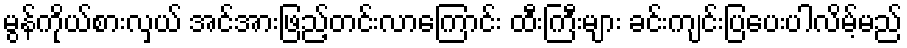
မွန်ကိုယ်စားလှယ် အင်အားဖြည့်တင်းလာကြောင်း ထီးကြီးများ ခင်းကျင်းပြပေးပါလိမ့်မည်